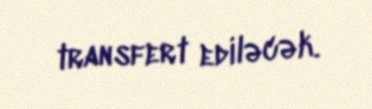
transfert ediləcək.